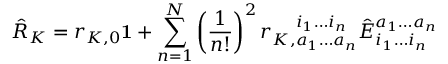
\hat { R } _ { K } = r _ { K , 0 } \mathbf { 1 } + \sum _ { n = 1 } ^ { N } \left( \frac { 1 } { n ! } \right) ^ { 2 } r _ { K , a _ { 1 } \ldots a _ { n } } ^ { \phantom { K , } i _ { 1 } \ldots i _ { n } } \hat { E } _ { i _ { 1 } \ldots i _ { n } } ^ { a _ { 1 } \ldots a _ { n } }